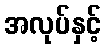
အလုပ်နှင့်